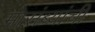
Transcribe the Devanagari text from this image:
मोसंब्यांची